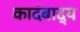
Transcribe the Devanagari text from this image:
कादंबाद्य